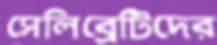
সেলিব্রেটিদের